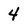
Character: 4